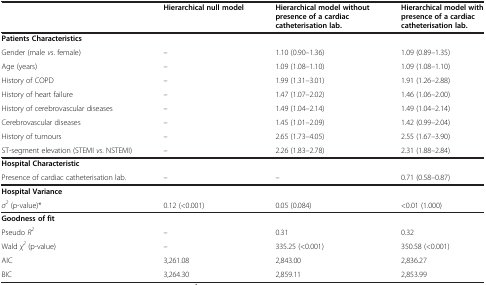
<table><thead><tr><td><b> </b></td><td><b>Hierarchical null model</b></td><td><b>Hierarchical model without presence of a cardiac catheterisation lab.</b></td><td><b>Hierarchical model with presence of a cardiac catheterisation lab.</b></td></tr></thead><tbody><tr><td><b>Patients Characteristics</b></td><td> </td><td> </td><td> </td></tr><tr><td>Gender (male <i>vs</i>. female)</td><td>–</td><td>1.10 (0.90–1.36)</td><td>1.09 (0.89–1.35)</td></tr><tr><td>Age (years)</td><td>–</td><td>1.09 (1.08–1.10)</td><td>1.09 (1.08–1.10)</td></tr><tr><td>History of COPD</td><td>–</td><td>1.99 (1.31–3.01)</td><td>1.91 (1.26–2.88)</td></tr><tr><td>History of heart failure</td><td>–</td><td>1.47 (1.07–2.02)</td><td>1.46 (1.06–2.00)</td></tr><tr><td>History of cerebrovascular diseases</td><td>–</td><td>1.49 (1.04–2.14)</td><td>1.49 (1.04–2.14)</td></tr><tr><td>Cerebrovascular diseases</td><td>–</td><td>1.45 (1.01–2.09)</td><td>1.42 (0.99–2.04)</td></tr><tr><td>History of tumours</td><td>–</td><td>2.65 (1.73–4.05)</td><td>2.55 (1.67–3.90)</td></tr><tr><td>ST-segment elevation (STEMI <i>vs</i>. NSTEMI)</td><td>–</td><td>2.26 (1.83–2.78)</td><td>2.31 (1.88–2.84)</td></tr><tr><td><b>Hospital Characteristic</b></td><td> </td><td> </td><td> </td></tr><tr><td>Presence of cardiac catheterisation lab.</td><td>–</td><td>–</td><td>0.71 (0.58–0.87)</td></tr><tr><td><b>Hospital Variance</b></td><td> </td><td> </td><td> </td></tr><tr><td><i>σ</i><sup><i>2</i></sup> (p-value)*</td><td>0.12 (&lt;0.001)</td><td>0.05 (0.084)</td><td>&lt;0.01 (1.000)</td></tr><tr><td><b>Goodness of fit</b></td><td> </td><td> </td><td> </td></tr><tr><td>Pseudo <i>R</i><sup><i>2</i></sup></td><td>–</td><td>0.31</td><td>0.32</td></tr><tr><td>Wald <i>χ</i><sup><i>2</i></sup> (p-value)</td><td>–</td><td>335.25 (&lt;0.001)</td><td>350.58 (&lt;0.001)</td></tr><tr><td>AIC</td><td>3,261.08</td><td>2,843.00</td><td>2,836.27</td></tr><tr><td>BIC</td><td>3,264.30</td><td>2,859.11</td><td>2,853.99</td></tr></tbody></table>